Annual statistical returns and brief notes on vaccination in Bengal - 1909-1929
Year: 1909
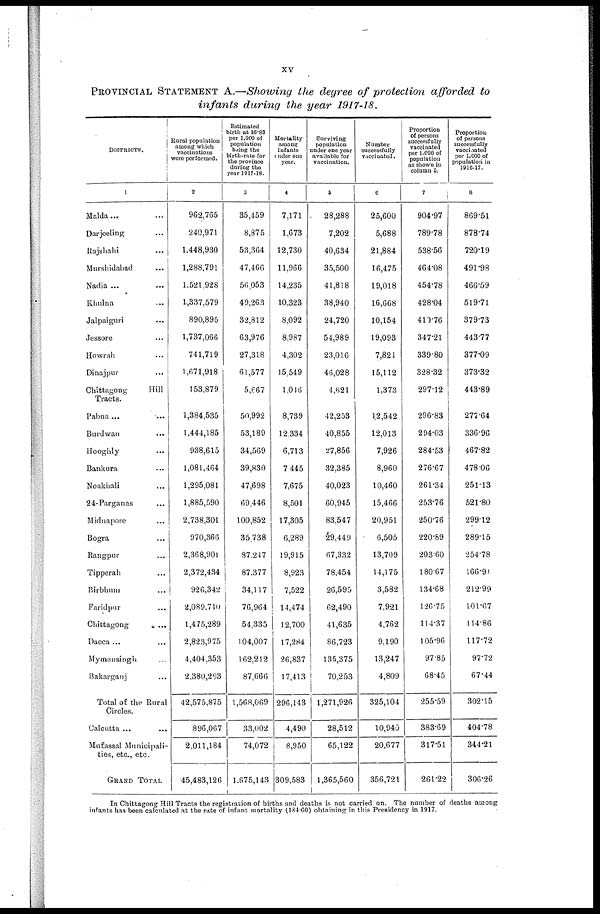
xv
PROVINCIAL STATEMENT A.—Showing the degree of protection afforded to
infants during the year 1917-18.
DISTRICTS
1
Malda... ...
Darjeeling... ...
Rajshahi... ...
Murshidabad...
Nadia ...
Khulna...
Jalpaiguri... ...
Jessore...
Howrah...
Dinajpur...
Chittagong
Hill
Tracts.
Pabna...
Burdwan...
Hooghly...
Bankura...
Noakhali...
24-Parganas...
Midnapore...
Bogra...
Rangpur...
Tipperah...
Birbhum...
Faridpur...
Chittagong
...
Dacca...
Mymensingh...
Bakarganj...
Total of the Rural
Circles.
Calcutta ...
Mufassal Municipali-
ties, etc., etc.
GRAND TOTAL...
Rural population
among which
vaccinations
were performed.
2
962,765
240,971
1,448,930
1,288,791
1,521,928
1,337,579
890,895
1,737,066
741,719
1,671,918
153,879
1,384,535
1,444,185
938,615
1,081,464
1,295,081
1,885,590
2,738,301
970,366
2,368,901
2,372,434
926,342
2,089,710
1,475,289
2,823,975
4,404,353
2,380,293
42,575,875
896,067
2,011,184
45,483,126
Estimated
birth at 36.83
per 1,000 of
population
being the
birth-rate for
the province
during the
year 1917-18.
3
35,459
8,875
53,364
47,466
56,053
49,263
32,812
63,976
27,318
61,577
5,667
50,992
53,189
34,569
39,830
47,698
69,446
100,852
35,738
87,247
87,377
34,117
76,964
54,335
104,007
162,212
87,666
1,568,069
33,002
74,072
1,675,143
Mortality
among
infants
under one
year.
4
7,171
1,673
12,730
11,966
14,235
10,323
8,092
8,987
4,302
15,549
1,046
8,739
12,334
6,713
7,445
7,675
8,501
17,305
6,289
19,915
8,923
7,522
14,474
12,700
17,284
26,837
17,413
296,143
4,490
8,950
309,583
Surviving
population
under one year
available for
vaccination.
5
28,288
7,202
40,634
35,500
41,818
38,940
24,720
54,989
23,016
46,028
4,621
42,253
40,855
27,856
32,385
40,023
60,945
83,547
29,449
67,332
78,454
26,595
62,490
41,635
86,723
135,375
70,253
1,271,926
28,512
65,122
1,365,560
Number
successfully
vaccinated.
6
25,600
5,688
21,884
16,475
19,018
16,668
10,154
19,093
7,821
15,112
1,373
12,542
12,013
7,926
8,960
10,460
15,466
20,951
6,505
13,709
14,175
3,582
7,921
4,762
9,190
13,247
4,809
325,104
10,940
20,677
356,721
Proportion
of persons
successfully
vaccinated
per 1,000 of
population
as shown in
column 5.
7
904.97
789.78
538.56
464.08
454.78
428.04
410.76
347.21
339.80
328.32
297.12
296.83
294.03
284.53
276.67
261.34
253.76
250.76
220.89
203.60
180.67
134.68
126.75
114.37
105.96
97.85
68.45
255.59
383.69
317.51
261.22
Proportion
of persons
successfully
vaccinated
per 1,000 of
population in
1916-17.
8
869.51
878.74
720.19
491.98
466.59
519.71
379.73
443.77
377.09
373.32
443.89
277.64
336.96
467.82
478.06
251.13
521.80
299.12
289.15
254.78
166.91
212.99
101.67
114.86
117.72
97.72
67.44
302.15
404.78
344.21
306.26
In Chittagong Hill Tracts the registration of births and deaths is not carried on. The number of deaths among
infants has been calculated at the rate of infant mortality (184.60) obtaining in this Presidency in 1917.